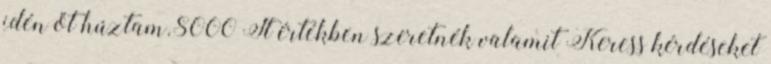
idén őt húztam.8000 Ft értékben szeretnék valamit Keress kérdéseket